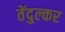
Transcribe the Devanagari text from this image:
तेंदुल्कर